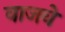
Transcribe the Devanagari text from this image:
वाजवे